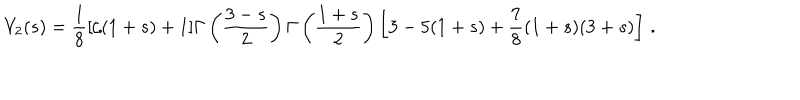
LaTeX: V _ { 2 } ( s ) = \frac { 1 } { 8 } [ \zeta ( 1 + s ) + 1 ] \Gamma \left( \displaystyle { \frac { 3 - s } { 2 } } \right) \Gamma \left( \displaystyle { \frac { 1 + s } { 2 } } \right) \left[ 3 - 5 ( 1 + s ) + \frac { 7 } { 8 } ( 1 + s ) ( 3 + s ) \right] \, .